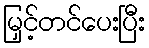
မြှင့်တင်ပေးပြီး